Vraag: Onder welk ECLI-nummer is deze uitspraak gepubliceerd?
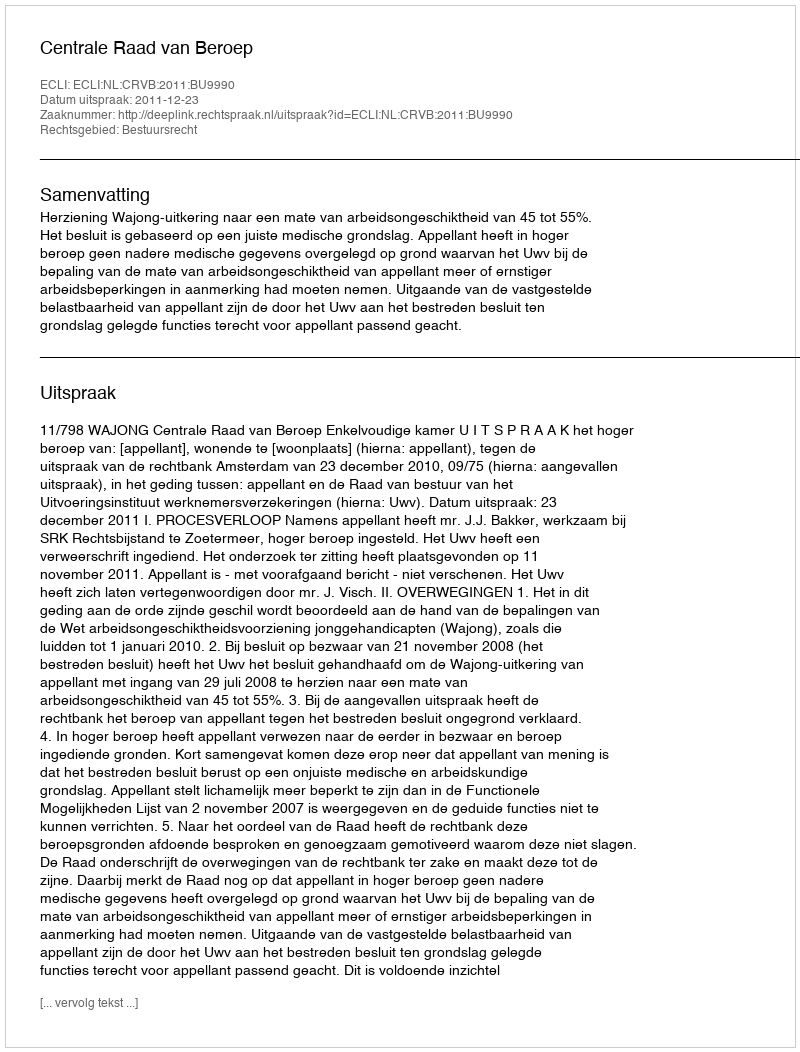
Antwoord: ECLI:NL:CRVB:2011:BU9990